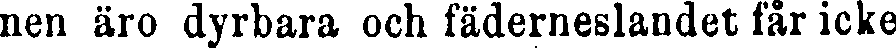
nen äro dyrbara och fäderneslandet får icke